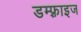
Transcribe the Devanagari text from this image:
डम्फ़्राइज